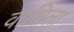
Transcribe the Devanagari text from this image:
वाशिला